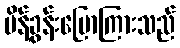
မိန့်ခွန်းပြောကြားသည်